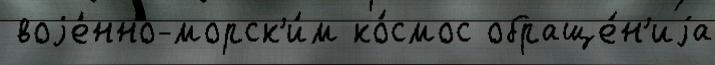
 воjе́нно-морск'и́м ко́смос обраще́н'иjа